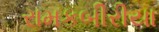
રામકબીરીયા